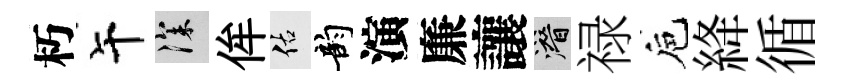
朽午深侔佑韵演廉讓潜禄巵絳循